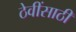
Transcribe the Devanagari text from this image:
ठेवींसाठी